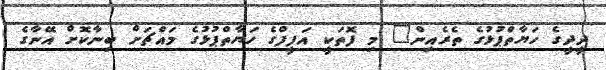
ދީދީގެ ހަޔާތްޕުޅުގެ ތެރެއިން" މި ފޮތަކީ އަފީފްގެ ހަޔާތްޕުޅުގެ މައްޗަށް ބިނާކޮށް އޭނާގެ